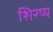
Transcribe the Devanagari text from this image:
शिरष्य